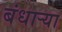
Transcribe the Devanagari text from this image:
बंधाऱ्या